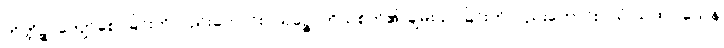
ကိတ္တိဉ္စ၊ ကျော်စောခြင်းကိုလည်းကောင်း။ သုခဉ္စ၊ ကိုယ်စိတ်၏ ချမ်းသာခြင်းကိုလည်းကောင်း။ ယံ ယထာ ယေန